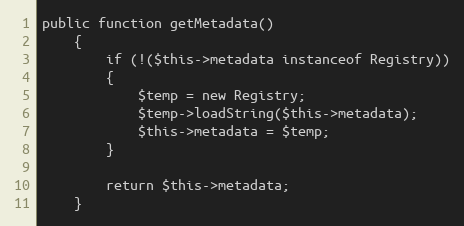
Language: PHP
public function getMetadata()
	{
		if (!($this->metadata instanceof Registry))
		{
			$temp = new Registry;
			$temp->loadString($this->metadata);
			$this->metadata = $temp;
		}

		return $this->metadata;
	}